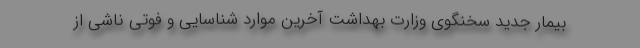
بیمار جدید سخنگوی وزارت بهداشت آخرین موارد شناسایی و فوتی ناشی از